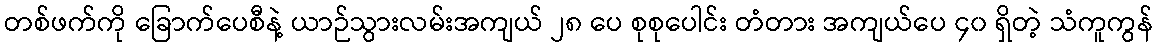
တစ်ဖက်ကို ခြောက်ပေစီနဲ့ ယာဉ်သွားလမ်းအကျယ် ၂၈ ပေ စုစုပေါင်း တံတား အကျယ်ပေ ၄၀ ရှိတဲ့ သံကူကွန်